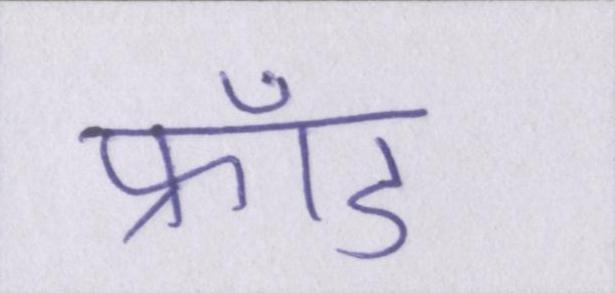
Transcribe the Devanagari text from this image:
फ्रॉड